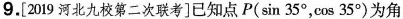
9.[2019河北九校第二次联考]已知点P(sin35°，cos35°)为角